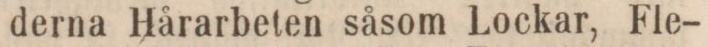
derna Hårarbeten såsom Lockar, Fle-